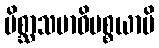
မိစ္ဆာသမာဓိပစ္စယာပိ